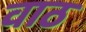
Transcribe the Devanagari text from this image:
वाठ